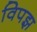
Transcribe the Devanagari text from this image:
विपझ